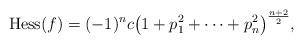
LaTeX: \begin{gather*}\mathrm{Hess}(f) =(-1)^n c \big(1 + p_1^2 + \cdots + p_n^2\big)^{\frac{n+2}{2}},\end{gather*}